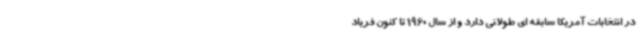
در انتخابات آمریکا سابقه ای طولانی دارد و از سال 1960 تا کنون فریاد